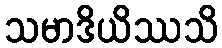
သမာဒိယိဿသိ